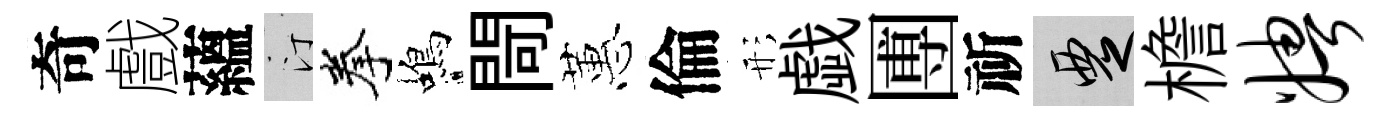
奇戲蘊汀拳蝎閜蕙倫形戯圑祈覂檐娉